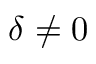
\delta \ne 0